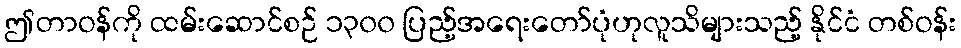
ဤတာဝန်ကို ထမ်းဆောင်စဉ် ၁၃၀၀ ပြည့်အရေးတော်ပုံဟုလူသိများသည့် နိုင်ငံ တစ်ဝန်း